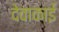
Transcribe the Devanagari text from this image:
देवाकाई